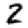
Digit: 2